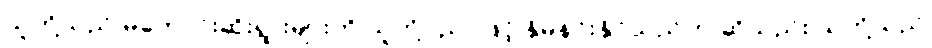
သူတို့သည် မကောင်းဆိုးရွားများကို သူတို့ပညာဖြင့် နှိမ်နင်းနိုင်သည်ဟု ဆိုသည်း သူတို့သည်